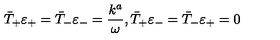
\bar { T } _ { + } { \varepsilon } _ { + } = \bar { T } _ { - } \varepsilon _ { - } = \frac { k ^ { a } } { \omega } , \bar { T } _ { + } { \varepsilon } _ { - } = \bar { T } _ { - } \varepsilon _ { + } = 0